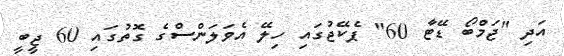
އަދި "ޖަމްބޯ ޑޭޓާ 60" ޕެކޭޖުގައި ހިލޭ އެވަލަންސްގެ ގޮތުގައި 60 ޖީބީ